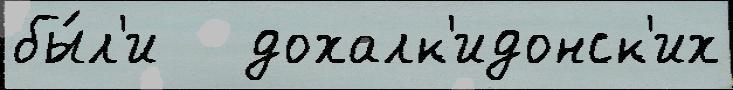
бы́л'и   дохалк'идонск'их